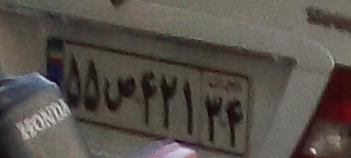
۵۵ص۴۲۱۳۴